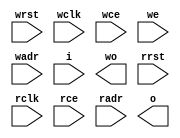
module syncRam4kx9_1rw1r(
	input wrst,
	input wclk,
	input wce,
	input we,
	input [11:0] wadr,
	input [8:0] i,
	output [8:0] wo,
	input rrst,
	input rclk,
	input rce,
	input [11:0] radr,
	output [8:0] o
);

`ifdef SYNTHESIS
`ifdef VENDOR_XILINX

`ifdef SPARTAN3
	wire [8:0] o0;
	wire [8:0] o1;
	wire [8:0] wo0;
	wire [8:0] wo1;
	wire rrst0 =  radr[11];
	wire rrst1 = ~radr[11];
	wire wrst0 =  wadr[11];
	wire wrst1 = ~wadr[11];
	wire we0 = we & ~wadr[11];
	wire we1 = we &  wadr[11];

	RAMB16_S9_S9 ram0(
		.CLKA(wclk), .ADDRA(wadr), .DIA(i[7:0]), .DIPA(i[8]), .DOA(wo0[7:0]), .DOPA(wo0[8]), .ENA(wce), .WEA(we0), .SSRA(wrst0),
		.CLKB(rclk), .ADDRB(radr), .DIB(8'hFF), .DIPB(1'b1), .DOB(o0[7:0]), .DOPB(o0[8]), .ENB(rce), .WEB(1'b0), .SSRB(rrst0)  );
	RAMB16_S9_S9 ram1(
		.CLKA(wclk), .ADDRA(wadr), .DIA(i[7:0]), .DIPA(i[8]), .DOA(wo1[7:0]), .DOPA(wo1[8]), .ENA(wce), .WEA(we1), .SSRA(wrst1),
		.CLKB(rclk), .ADDRB(radr), .DIB(8'hFF), .DIPB(1'b1), .DOB(o1[7:0]), .DOPB(o1[8]), .ENB(rce), .WEB(1'b0), .SSRB(rrst1)  );

	assign o = o0|o1;
	assign wo = wo0|wo1;

`endif

`ifdef SPARTAN2
	RAMB4_S1_S1 ram0(
		.CLKA(wclk), .ADDRA(wadr), .DIA(i[0]), .DOA(wo[0]), .ENA(wce), .WEA(we), .RSTA(wrst),
		.CLKB(rclk), .ADDRB(radr), .DIB(1'b1), .DOB(o[0]), .ENB(rce), .WEB(1'b0), .RSTB(rrst)  );
	RAMB4_S1_S1 ram1(
		.CLKA(wclk), .ADDRA(wadr), .DIA(i[1]), .DOA(wo[1]), .ENA(wce), .WEA(we), .RSTA(wrst),
		.CLKB(rclk), .ADDRB(radr), .DIB(1'b1), .DOB(o[1]), .ENB(rce), .WEB(1'b0), .RSTB(rrst)  );
	RAMB4_S1_S1 ram2(
		.CLKA(wclk), .ADDRA(wadr), .DIA(i[2]), .DOA(wo[2]), .ENA(wce), .WEA(we), .RSTA(wrst),
		.CLKB(rclk), .ADDRB(radr), .DIB(1'b1), .DOB(o[2]), .ENB(rce), .WEB(1'b0), .RSTB(rrst)  );
	RAMB4_S1_S1 ram3(
		.CLKA(wclk), .ADDRA(wadr), .DIA(i[3]), .DOA(wo[3]), .ENA(wce), .WEA(we), .RSTA(wrst),
		.CLKB(rclk), .ADDRB(radr), .DIB(1'b1), .DOB(o[3]), .ENB(rce), .WEB(1'b0), .RSTB(rrst)  );
	RAMB4_S1_S1 ram4(
		.CLKA(wclk), .ADDRA(wadr), .DIA(i[4]), .DOA(wo[4]), .ENA(wce), .WEA(we), .RSTA(wrst),
		.CLKB(rclk), .ADDRB(radr), .DIB(1'b1), .DOB(o[4]), .ENB(rce), .WEB(1'b0), .RSTB(rrst)  );
	RAMB4_S1_S1 ram5(
		.CLKA(wclk), .ADDRA(wadr), .DIA(i[5]), .DOA(wo[5]), .ENA(wce), .WEA(we), .RSTA(wrst),
		.CLKB(rclk), .ADDRB(radr), .DIB(1'b1), .DOB(o[5]), .ENB(rce), .WEB(1'b0), .RSTB(rrst)  );
	RAMB4_S1_S1 ram6(
		.CLKA(wclk), .ADDRA(wadr), .DIA(i[6]), .DOA(wo[6]), .ENA(wce), .WEA(we), .RSTA(wrst),
		.CLKB(rclk), .ADDRB(radr), .DIB(1'b1), .DOB(o[6]), .ENB(rce), .WEB(1'b0), .RSTB(rrst)  );
	RAMB4_S1_S1 ram7(
		.CLKA(wclk), .ADDRA(wadr), .DIA(i[7]), .DOA(wo[7]), .ENA(wce), .WEA(we), .RSTA(wrst),
		.CLKB(rclk), .ADDRB(radr), .DIB(1'b1), .DOB(o[7]), .ENB(rce), .WEB(1'b0), .RSTB(rrst)  );
`endif

`endif

`ifdef VENDOR_ALTERA

	reg [8:0] mem [4095:0];
	reg [10:0] rradr;
	reg [10:0] rwadr;

	// register read addresses
	always @(posedge rclk)
		if (rce) rradr <= radr;

	assign o = mem[rradr];

	// write side
	always @(posedge wclk)
		if (wce) rwadr <= wadr;

	always @(posedge wclk)
		if (wce) mem[wadr] <= i;

	assign wo = mem[rwadr];

`endif

`else

	reg [8:0] mem [4095:0];
	reg [10:0] rradr;
	reg [10:0] rwadr;

	// register read addresses
	always @(posedge rclk)
		if (rce) rradr <= radr;

	assign o = mem[rradr];

	// write side
	always @(posedge wclk)
		if (wce) rwadr <= wadr;

	always @(posedge wclk)
		if (wce) mem[wadr] <= i;

	assign wo = mem[rwadr];

`endif

endmodule